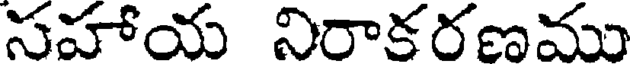
సహాయ నిరాకరణము